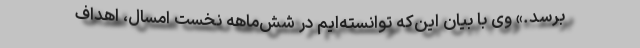
برسد.» وی با بیان این‌که توانسته‌ایم در شش‌ماهه نخست امسال، اهداف